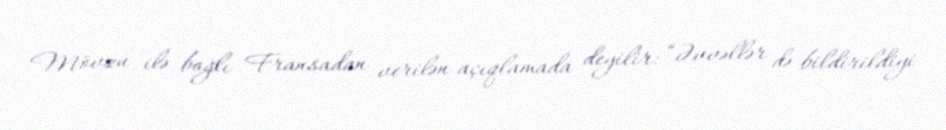
Mövzu ilə bağlı Fransadan verilən açıqlamada deyilir: “Əvvəllər də bildirildiyi